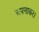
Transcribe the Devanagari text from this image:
अपनाकर।